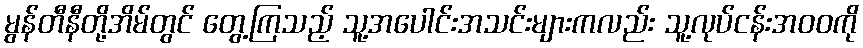
မွန်တီနီတို့အိမ်တွင် တွေ့ကြသည့် သူ့အပေါင်းအသင်းများကလည်း သူ့လုပ်ငန်းအဝဝကို